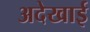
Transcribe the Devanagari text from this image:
अदेखाई